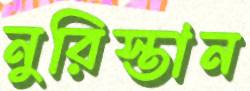
নুরিস্তান